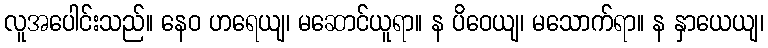
လူအပေါင်းသည်။ နေဝ ဟရေယျ၊ မဆောင်ယူရာ။ န ပိဝေယျ၊ မသောက်ရာ။ န နှာယေယျ၊